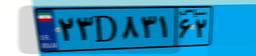
۲۳D۸۳۱۶۲